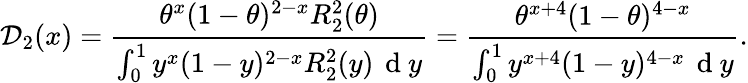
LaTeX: \mathcal{D}_{2}(x)=\frac{\theta^{x}(1-\theta)^{2-x}R_{2}^{2}(\theta)}{\int_{0}^{1}y^{x}(1-y)^{2-x}R_{2}^{2}(y)\, \mathrm{~d~}y}=\frac{\theta^{x+4}(1-\theta)^{4-x}}{\int_{0}^{1}y^{x+4}(1-y)^{4-x}\, \mathrm{~d~}y}.